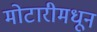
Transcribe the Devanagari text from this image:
मोटारीमधून